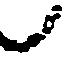
候